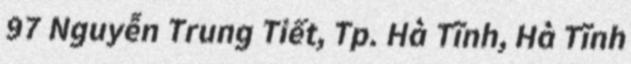
97 Nguyễn Trung Tiết, Tp. Hà Tĩnh, Hà Tĩnh